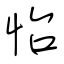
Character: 怡